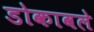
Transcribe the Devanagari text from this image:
डोकावले